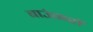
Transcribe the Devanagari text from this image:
बाउंसरों